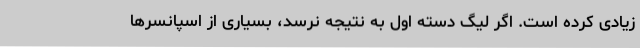
زیادی کرده است. اگر لیگ دسته اول به نتیجه نرسد، بسیاری از اسپانسرها